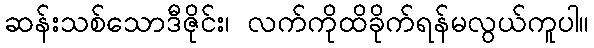
ဆန်းသစ်သောဒီဇိုင်း၊ လက်ကိုထိခိုက်ရန်မလွယ်ကူပါ။